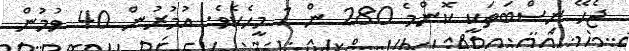
ޖެހޭ ނިސްބަތަކީ ކޮންމެ 280 ން 1 މީހެކެވެ. އުމުރުން 40 ވުމުން